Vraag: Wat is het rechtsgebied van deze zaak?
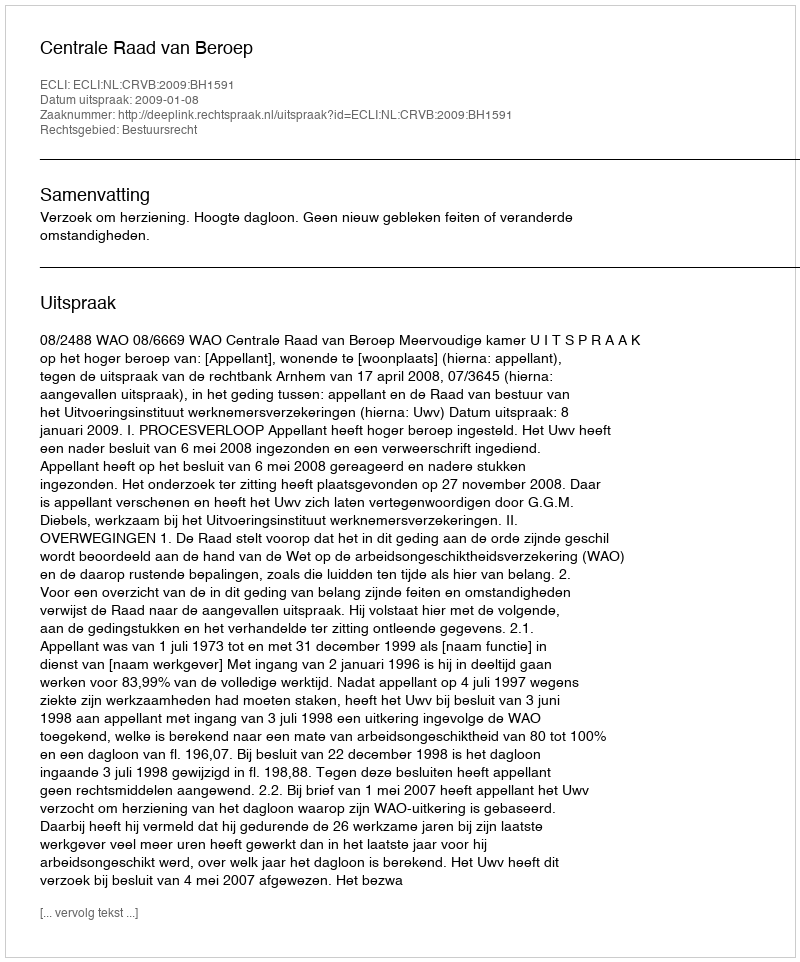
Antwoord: Bestuursrecht